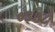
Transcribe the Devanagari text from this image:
०३७८